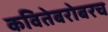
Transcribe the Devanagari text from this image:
कवितेबरोबरच